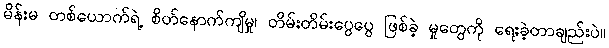
မိန်းမ တစ်ယောက်ရဲ့ စိတ်နောက်ကျိမှု၊ တိမ်းတိမ်းပွေပွေ ဖြစ်ခဲ့ မှုတွေကို ရေးခဲ့တာချည်းပဲ။